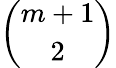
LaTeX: {\binom{m+1}{2}}